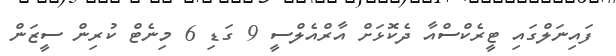
ފައިނަލްގައި ޓީރެކްސްއާ ދެކޮޅަށް އާރްއެލްސީ 9 ގަޑި 6 މިނެޓް ކުރިން ސީޒަން